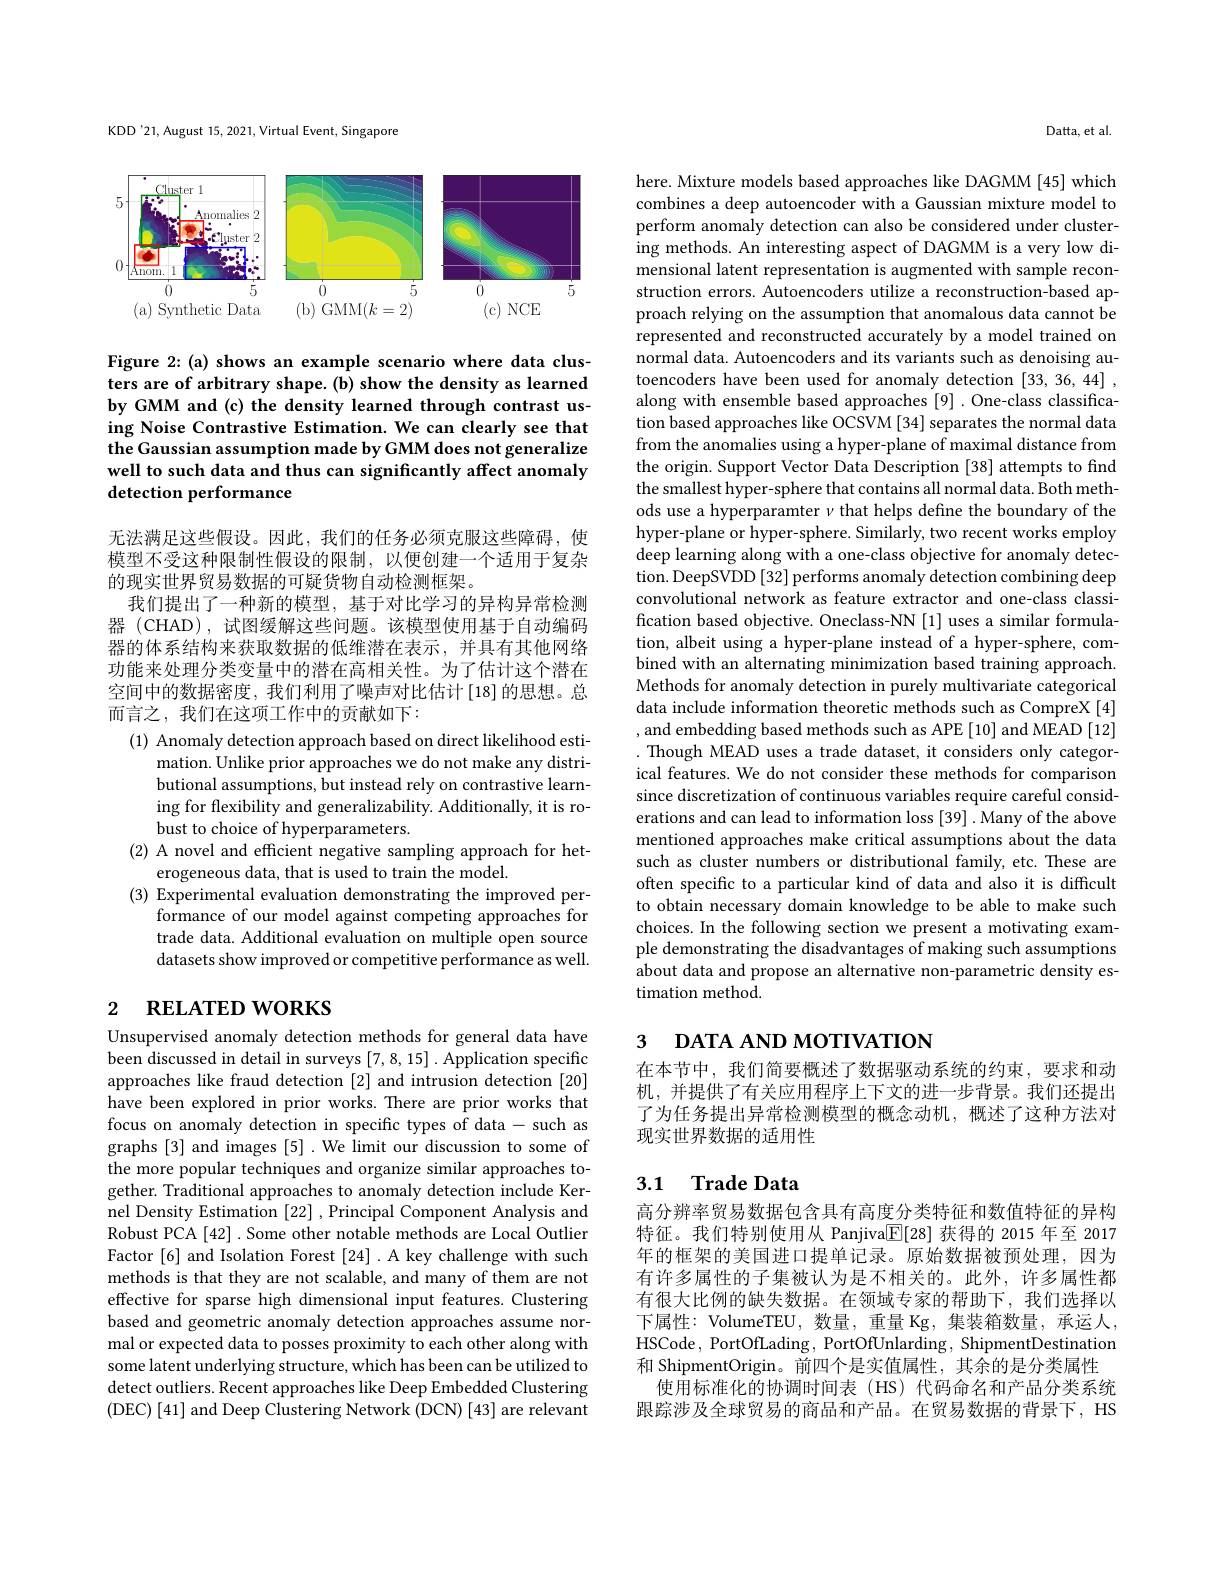
KDD'21, August 15,2021,Virtual Event, Singapore

<FigureHere>

Figure 2: (a) shows an example scenario where data clusters are of arbitrary shape. (b) show the density as learned by GMM and (c) the density learned through contrast using Noise Contrastive Estimation. We can clearly see that the Gaussian assumption made by GMM does not generalize well to such data and thus can significantly affect anomaly detection performance

无法满足这些假设。因此，我们的任务必须克服这些障碍，使模型不受这种限制性假设的限制，以便创建一个适用于复杂的现实世界贸易数据的可疑货物自动检测框架。
我们提出了一种新的模型，基于对比学习的异构异常检测器 (CHAD),试图缓解这些问题。该模型使用基于自动编码器的体系结构来获取数据的低维潜在表示，并具有其他网络功能来处理分类变量中的潜在高相关性。为了估计这个潜在空间中的数据密度，我们利用了噪声对比估计[18]的思想。总而言之，我们在这项工作中的贡献如下：
(1) Anomaly detection approach based on direct likelihood esti-
mation. Unlike prior approaches we do not make any distributional assumptions, but instead rely on contrastive learning for flexibility and generalizability. Additionally, it is robust to choice of hyperparameters.
(2) A novel and efficient negative sampling approach for het-
erogeneous data, that is used to train the model.
(3) Experimental evaluation demonstrating the improved per-
formance of our model against competing approaches for trade data. Additional evaluation on multiple open source datasets show improved or competitive performance as well.

# 2 RELATED WORKS

Unsupervised anomaly detection methods for general data have been discussed in detail in surveys [7,8,15] .Application specific approaches like fraud detection [2] and intrusion detection [20] have been explored in prior works. There are prior works that focus on anomaly detection in specific types of data- such as graphs [3] and images [5] .We limit our discussion to some of the more popular techniques and organize similar approaches together. Traditional approaches to anomaly detection include Kernel Density Estimation [22] ,Principal Component Analysis and Robust PCA [42] . Some other notable methods are Local Outlier Factor [6] and Isolation Forest [24] .A key challenge with such methods is that they are not scalable, and many of them are not effective for sparse high dimensional input features. Clustering based and geometric anomaly detection approaches assume normal or expected data to posses proximity to each other along with some latent underlying structure, which has been can be utilized to detect outliers. Recent approaches like Deep Embedded Clustering ( DEC) [ 41] and Deep Clustering Network ( DCN) [ 43] are relevant

Datta, et al

here. Mixture models based approaches like DAGMM [45] which combines a deep autoencoder with a Gaussian mixture model to perform anomaly detection can also be considered under clustering methods. An interesting aspect of DAGMM is a very low dimensional latent representation is augmented with sample reconstruction errors. Autoencoders utilize a reconstruction-based approach relying on the assumption that anomalous data cannot be represented and reconstructed accurately by a model trained on normal data. Autoencoders and its variants such as denoising autoencoders have been used for anomaly detection [33,36,44] , along with ensemble based approaches [9] .One-class classification based approaches like OCSVM [34] separates the normal data from the anomalies using a hyper-plane of maximal distance from the origin. Support Vector Data Description [38] attempts to find the smallest hyper- sphere that contains all normal data. Both methods use a hyperparamter $\nu$ that helps define the boundary of the hyper-plane or hyper-sphere. Similarly, two recent works employ deep learning along with a one-class objective for anomaly detection. DeepSVDD[ 32] performs anomaly detection combining deep convolutional network as feature extractor and one-class classification based objective. Oneclass-NN [1] uses a similar formulation, albeit using a hyper-plane instead of a hyper-sphere, combined with an alternating minimization based training approach. Methods for anomaly detection in purely multivariate categorical data include information theoretic methods such as CompreX [4] , and embedding based methods such as APE [10] and MEAD [12] . Though MEAD uses a trade dataset, it considers only categorical features. We do not consider these methods for comparison since discretization of continuous variables require careful considerations and can lead to information loss [39] .Many of the above mentioned approaches make critical assumptions about the data such as cluster numbers or distributional family, etc. These are often specific to a particular kind of data and also it is difficult to obtain necessary domain knowledge to be able to make such choices. In the following section we present a motivating example demonstrating the disadvantages of making such assumptions about data and propose an alternative non-parametric density estimation method.

## 3 DATA AND MOTIVATION

在本节中，我们简要概述了数据驱动系统的约束，要求和动机，并提供了有关应用程序上下文的进一步背景。我们还提出了为任务提出异常检测模型的概念动机，概述了这种方法对现实世界数据的适用性

# 3.1 Trade Data

高分辨率贸易数据包含具有高度分类特征和数值特征的异构特征。我们特别使用从 Panjiva$\underline{\mathbb{F}}[28]$获得的 2015 年至 2017年的框架的美国进口提单记录。原始数据被预处理，因为有许多属性的子集被认为是不相关的。此外，许多属性都有很大比例的缺失数据。在领域专家的帮助下，我们选择以下属性：VolumeTEU, 数量，重量 Kg, 集装箱数量，承运人， HSCode, PortOfLading, PortOfUnlarding, ShipmentDestination 和 ShipmentOrigin。前四个是实值属性，其余的是分类属性
使用标准化的协调时间表(HS)代码命名和产品分类系统跟踪涉及全球贸易的商品和产品。在贸易数据的背景下，HS